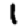
Digit: 1